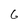
Character: 6